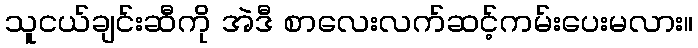
သူငယ်ချင်းဆီကို အဲဒီ စာလေးလက်ဆင့်ကမ်းပေးမလား။